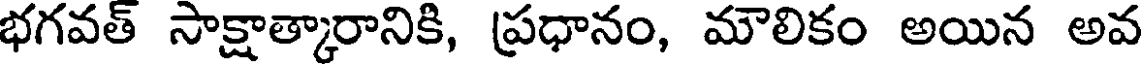
భగవత్ సాక్షాత్కారానికి, ప్రధానం, మౌలికం అయిన అవ